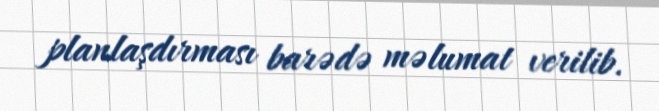
planlaşdırması barədə məlumat verilib.